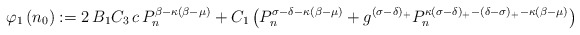
\begin{align*}\varphi_{1}\left( n_{0}\right) :=2\,B_{1}C_{3}\,c\,P_{n}^{\beta-\kappa(\beta-\mu)}+C_{1}\left( P_{n}^{\sigma-\delta-\kappa(\beta-\mu)}+g^{(\sigma-\delta)_{+}}P_{n}^{\kappa(\sigma-\delta)_{+}-(\delta-\sigma)_{+}-\kappa(\beta-\mu)}\right) \end{align*}